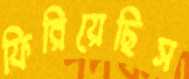
ফিরিয়েছিস